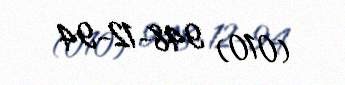
(010) 948-12-94